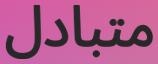
متبادل